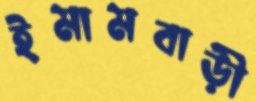
ইমামবাড়ী